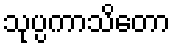
သုပ္ပကာသိတော